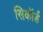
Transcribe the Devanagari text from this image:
सिकॉर्ड